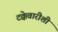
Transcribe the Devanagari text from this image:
टक्केवारीशी